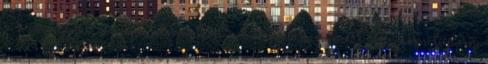
a buszjegyért, amivel elmentem a bóóótba kenyérért, mégsem lopom